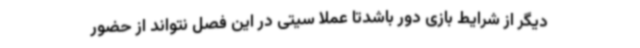
دیگر از شرایط بازی دور باشدتا عملا سیتی در این فصل نتواند از حضور